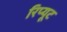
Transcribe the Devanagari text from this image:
रिप्यूट